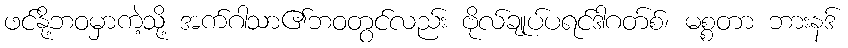
ဖင်နို့ဘဝမှာကဲ့သို့ အက်ဂါသာ၏ဘဝတွင်လည်း ဗိုလ်ချုပ်ပရင်ဒါဂတ်စ်၊ မစ္စတာ ဘားနဒ်